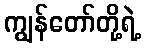
ကျွန်တော်တို့ရဲ့